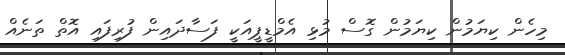
މިހެން ކިޔަމުން ކިޔަމުން ގޮސް މުޅި އެމްޑީޕީއަކީ ފަސާދައިން ފުރިފައި އޮތް ތަނެއް